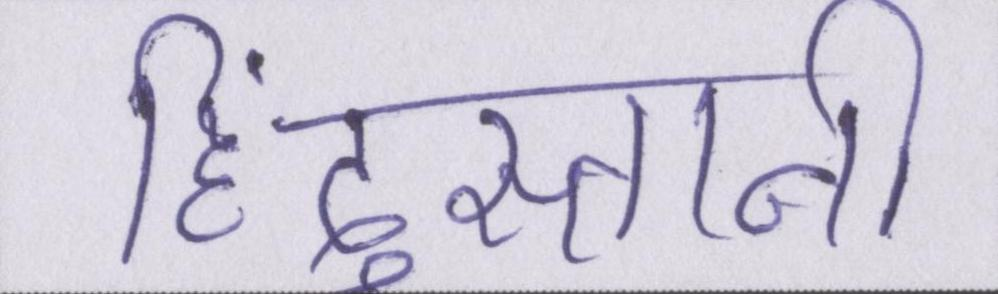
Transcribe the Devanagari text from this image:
हिंदुस्तानी